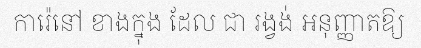
ការ៉េនៅ ខាងក្នុង ដែល ជា រង្វង់ អនុញ្ញាតឱ្យ